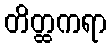
တိတ္ထကရာ